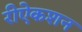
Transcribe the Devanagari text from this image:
रीऐकशन